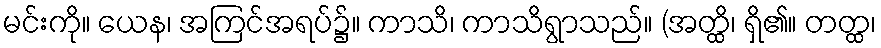
မင်းကို။ ယေန၊ အကြင်အရပ်၌။ ကာသိ၊ ကာသိရွာသည်။ (အတ္ထိ၊ ရှိ၏။ တတ္ထ၊